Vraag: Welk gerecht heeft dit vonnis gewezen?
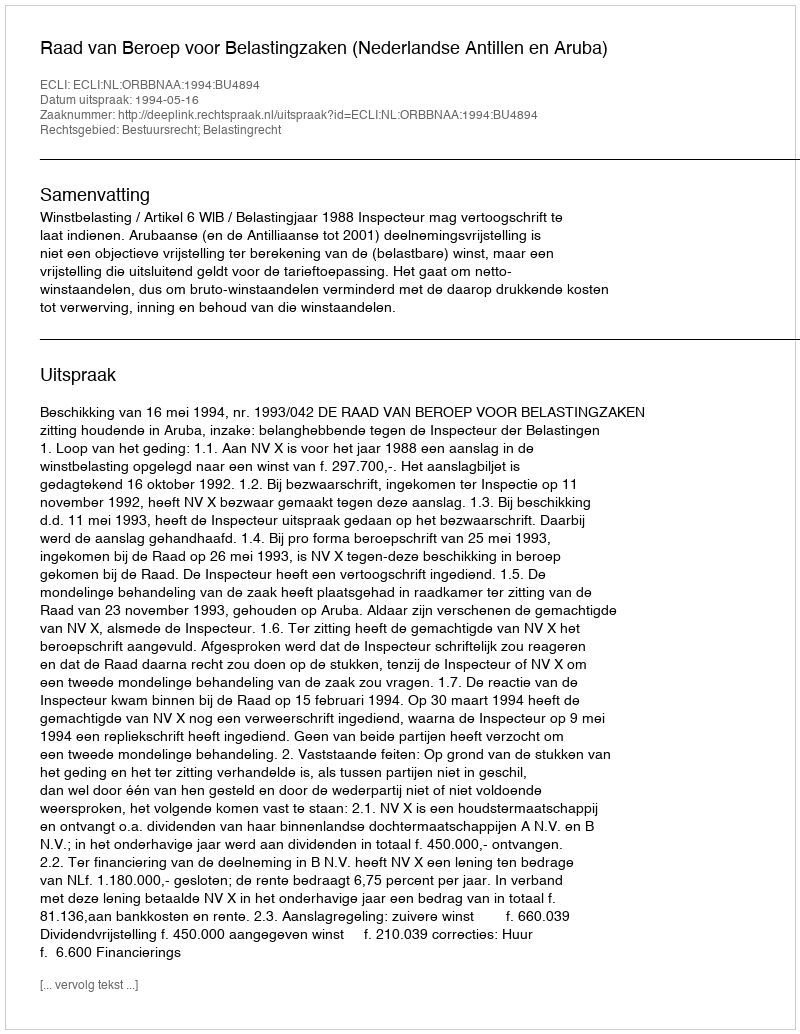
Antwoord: Raad van Beroep voor Belastingzaken (Nederlandse Antillen en Aruba)